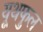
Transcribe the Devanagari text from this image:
यूथफुल